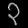
Digit: ၃